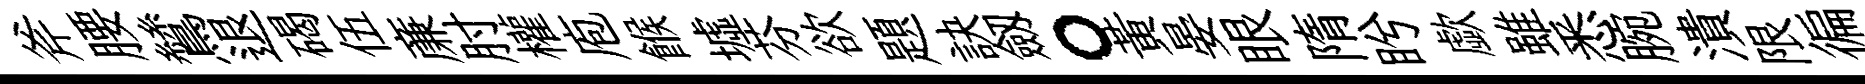
斧腰鷥退碣伍亷肘權庖餱墟芬欲題訣劔。黃晏眼隋盻歔雖悉腕潰限徧